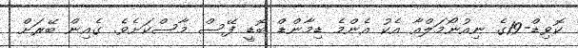
ކޮވިޑް-19ގެ ނިއުނޯމަލްއާ އެކު އެންމެ ޑިމާންޑް ބޮޑީ ފޭސް މާސްކަށެވެ. ގެއިން ބޭރަށް